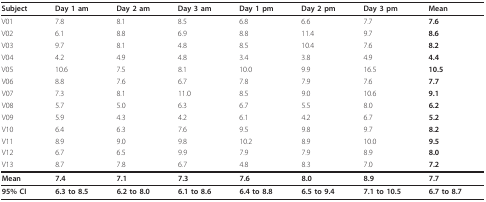
<table><thead><tr><td><b>Subject</b></td><td><b>Day 1 am</b></td><td><b>Day 2 am</b></td><td><b>Day 3 am</b></td><td><b>Day 1 pm</b></td><td><b>Day 2 pm</b></td><td><b>Day 3 pm</b></td><td><b>Mean</b></td></tr></thead><tbody><tr><td>V01</td><td>7.8</td><td>8.1</td><td>8.5</td><td>6.8</td><td>6.6</td><td>7.7</td><td><b>7.6</b></td></tr><tr><td>V02</td><td>6.1</td><td>8.8</td><td>6.9</td><td>8.8</td><td>11.4</td><td>9.7</td><td><b>8.6</b></td></tr><tr><td>V03</td><td>9.7</td><td>8.1</td><td>4.8</td><td>8.5</td><td>10.4</td><td>7.6</td><td><b>8.2</b></td></tr><tr><td>V04</td><td>4.2</td><td>4.9</td><td>4.8</td><td>3.4</td><td>3.8</td><td>4.9</td><td><b>4.4</b></td></tr><tr><td>V05</td><td>10.6</td><td>7.5</td><td>8.1</td><td>10.0</td><td>9.9</td><td>16.5</td><td><b>10.5</b></td></tr><tr><td>V06</td><td>8.8</td><td>7.6</td><td>6.7</td><td>7.8</td><td>7.9</td><td>7.6</td><td><b>7.7</b></td></tr><tr><td>V07</td><td>7.3</td><td>8.1</td><td>11.0</td><td>8.5</td><td>9.0</td><td>10.6</td><td><b>9.1</b></td></tr><tr><td>V08</td><td>5.7</td><td>5.0</td><td>6.3</td><td>6.7</td><td>5.5</td><td>8.0</td><td><b>6.2</b></td></tr><tr><td>V09</td><td>5.9</td><td>4.3</td><td>4.2</td><td>6.1</td><td>4.2</td><td>6.7</td><td><b>5.2</b></td></tr><tr><td>V10</td><td>6.4</td><td>6.3</td><td>7.6</td><td>9.5</td><td>9.8</td><td>9.7</td><td><b>8.2</b></td></tr><tr><td>V11</td><td>8.9</td><td>9.0</td><td>9.8</td><td>10.2</td><td>8.9</td><td>10.0</td><td><b>9.5</b></td></tr><tr><td>V12</td><td>6.7</td><td>6.5</td><td>9.9</td><td>7.9</td><td>7.9</td><td>8.9</td><td><b>8.0</b></td></tr><tr><td>V13</td><td>8.7</td><td>7.8</td><td>6.7</td><td>4.8</td><td>8.3</td><td>7.0</td><td><b>7.2</b></td></tr><tr><td><b>Mean</b></td><td><b>7.4</b></td><td><b>7.1</b></td><td><b>7.3</b></td><td><b>7.6</b></td><td><b>8.0</b></td><td><b>8.9</b></td><td><b>7.7</b></td></tr><tr><td><b>95% CI</b></td><td><b>6.3 to 8.5</b></td><td><b>6.2 to 8.0</b></td><td><b>6.1 to 8.6</b></td><td><b>6.4 to 8.8</b></td><td><b>6.5 to 9.4</b></td><td><b>7.1 to 10.5</b></td><td><b>6.7 to 8.7</b></td></tr></tbody></table>